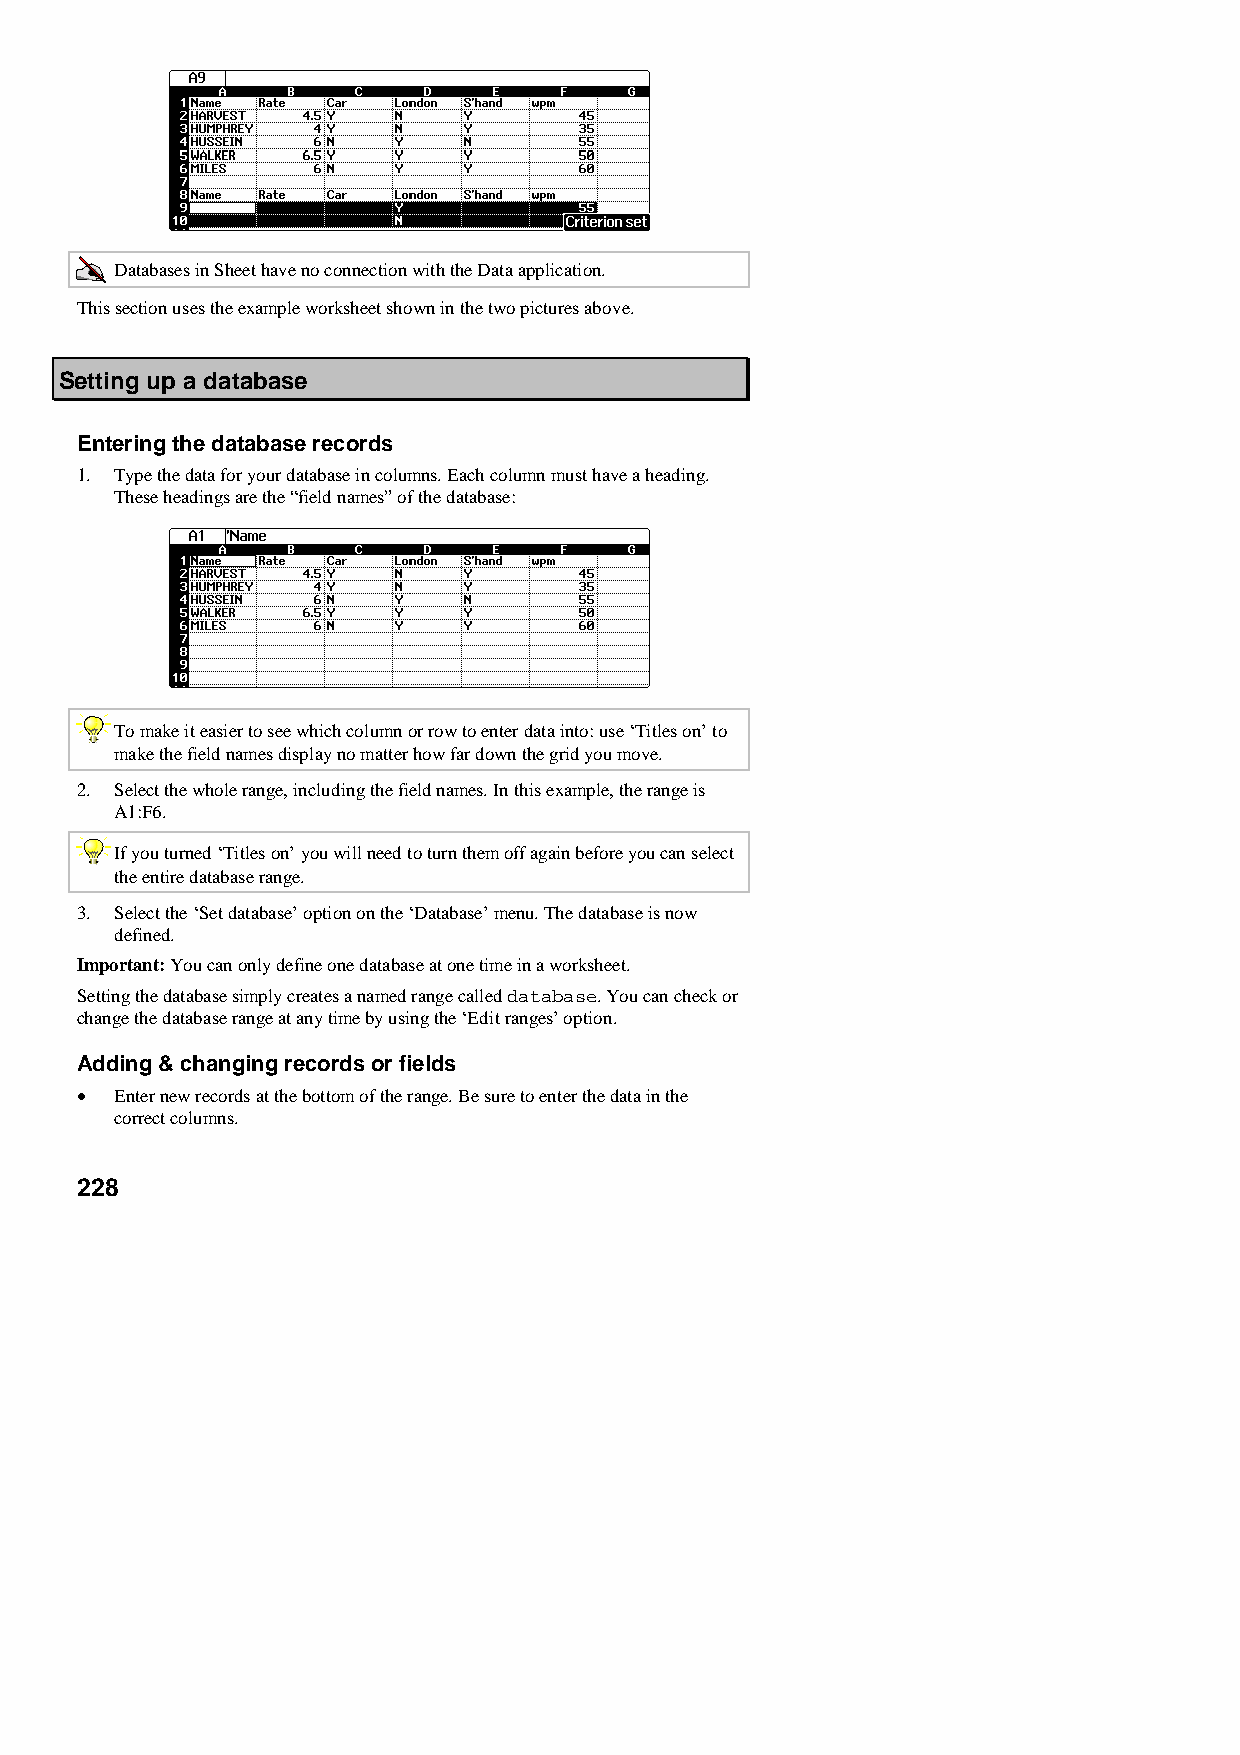
Databases in Sheet have no connection with the Data application.
 This section uses the example worksheet shown in the two pictures above.
 Setting up a database
 Entering the database records
 1. Type the data for your database in columns. Each column must have a heading.
 These headings are the “field names” of the database:
 To make it easier to see which column or row to enter data into: use ‘Titles on’ to
 make the field names display no matter how far down the grid you move.
 2. Select the whole range, including the field names. In this example, the range is
 A1:F6.
 If you turned ‘Titles on’ you will need to turn them off again before you can select
 the entire database range.
 3. Select the ‘Set database’ option on the ‘Database’ menu. The database is now
 defined.
 Important: You can only define one database at one time in a worksheet.
 Setting the database simply creates a named range called database. You can check or
 change the database range at any time by using the ‘Edit ranges’ option.
 Adding & changing records or fields
 •  Enter new records at the bottom of the range. Be sure to enter the data in the
 correct columns.
 228